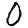
Digit: 0